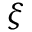
\xi